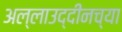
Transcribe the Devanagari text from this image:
अल्लाउद्दीनच्या